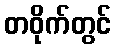
တဝိုက်တွင်